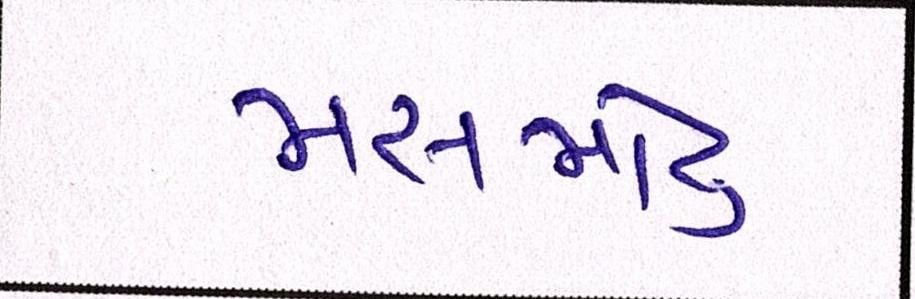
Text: મસમોટુ